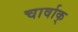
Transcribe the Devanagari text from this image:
चार्वाक्